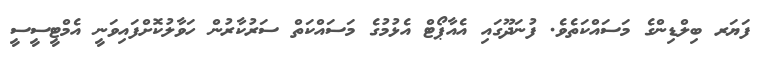
ފަޔަރ ބިލްޑިންގެ މަސައްކަތެވެ. ފުނަދޫގައި އެއާޕޯޓް އެޅުމުގެ މަސައްކަތް ސަރުކާރުން ހަވާލުކޮށްފައިވަނީ އެމްޓީސީސީ